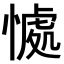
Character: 𭞚